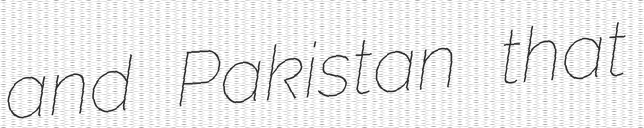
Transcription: and Pakistan that